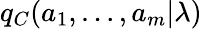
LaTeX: q_{C}(a_{1},\ldots,a_{m}|\lambda)